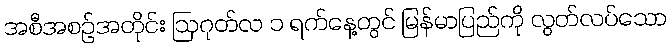
အစီအစဉ်အတိုင်း ဩဂုတ်လ ၁ ရက်နေ့တွင် မြန်မာပြည်ကို လွတ်လပ်သော